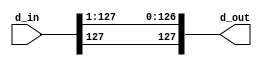
module ASR128(d_in, d_out);//128 bit Arithmetic Shift Right (always shift 1 bits)
	input[127:0] d_in;
	output[127:0] d_out;
	
	assign d_out[126:0] = d_in[127:1]; //Nth bit of shifted bit = N+1th bit of non-shifted bit
	assign d_out[127] = d_in[127]; //sign bit of shifted bit = sign bit of not-shifted bit
endmodule